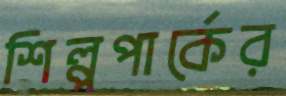
শিল্পপার্কের